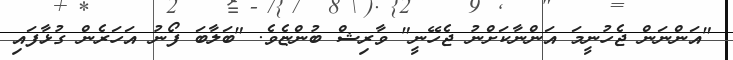
"އަންނަން ޖެހުނީމަ އަންނާކަށްނު ޖެހޭނީ" ވާރިޝް ބުންޏެވެ. "ބަލާބަ ފޯނު އަހަރެން ގުޅާފައި